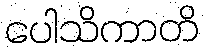
ပေါသိကာတိ